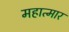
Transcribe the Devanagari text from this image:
महात्मार